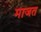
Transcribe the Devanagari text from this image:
माजत